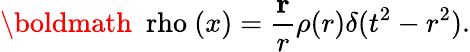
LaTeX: \mathrm{\boldmath~\ rho~}(x)=\frac{{\mathbf r}}{r}\rho(r)\delta(t^{2}-r^{2}).